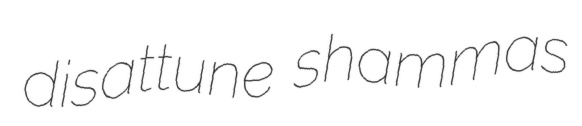
disattune shammas